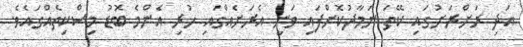
އަދި ރަށްރަށުގައި ކޭތަ ނަމާދުކޮށްފައި ވަނީ އެރަށެއްގައި ހުރި އެންމެ ބޮޑު މިސްކިތެއްގައެވެ.